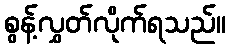
စွန့်လွှတ်လိုက်ရသည်။